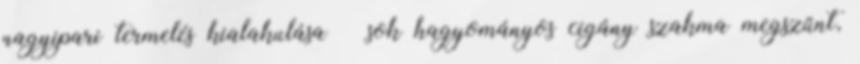
nagyipari termelés kialakulása  sok hagyományos cigány szakma megszűnt,